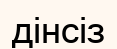
дінсіз